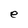
Character: e